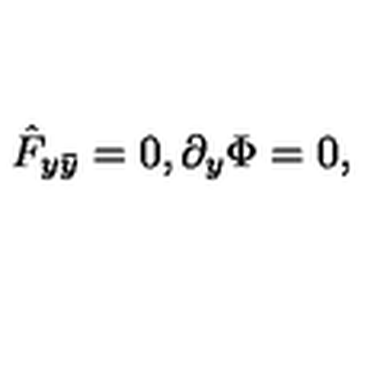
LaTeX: \hat { F } _ { y \bar { y } } = 0 , \partial _ { y } \Phi = 0 ,